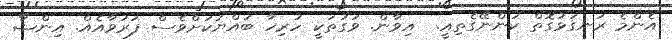
އެންމެ ރަނގަޅުގޮތް ކަންނޭގެތިއީ.  އިވާން. ވަގުތަކީ ހުރިހާ ބައްޔަކަށްވެސް ފަރުވާއެއް. އިންޝާ